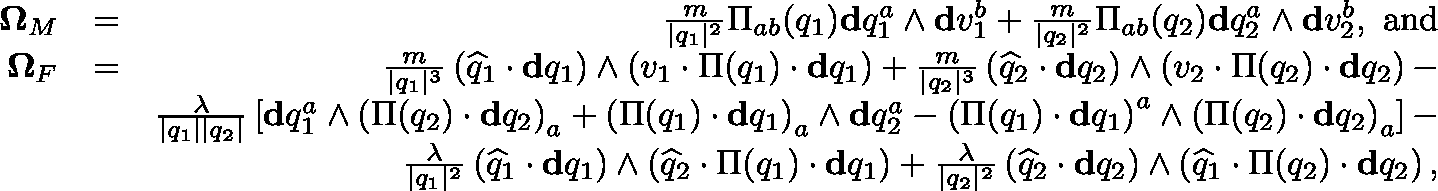
\begin{array} { r l r } { \mathbf { \Omega } _ { M } } & { = } & { \frac { m } { \vert q _ { 1 } \vert ^ { 2 } } \Pi _ { a b } ( q _ { 1 } ) \mathbf { d } q _ { 1 } ^ { a } \wedge \mathbf { d } v _ { 1 } ^ { b } + \frac { m } { \vert q _ { 2 } \vert ^ { 2 } } \Pi _ { a b } ( q _ { 2 } ) \mathbf { d } q _ { 2 } ^ { a } \wedge \mathbf { d } v _ { 2 } ^ { b } , \mathrm { ~ a n d } } \\ { \mathbf { \Omega } _ { F } } & { = } & { \frac { m } { \vert q _ { 1 } \vert ^ { 3 } } \left( \widehat { q } _ { 1 } \cdot \mathbf { d } q _ { 1 } \right) \wedge \left( v _ { 1 } \cdot \Pi ( q _ { 1 } ) \cdot \mathbf { d } q _ { 1 } \right) + \frac { m } { \vert q _ { 2 } \vert ^ { 3 } } \left( \widehat { q } _ { 2 } \cdot \mathbf { d } q _ { 2 } \right) \wedge \left( v _ { 2 } \cdot \Pi ( q _ { 2 } ) \cdot \mathbf { d } q _ { 2 } \right) - } \\ & { } & { \frac { \lambda } { \vert q _ { 1 } \vert \vert q _ { 2 } \vert } \left[ \mathbf { d } q _ { 1 } ^ { a } \wedge \left( \Pi ( q _ { 2 } ) \cdot \mathbf { d } q _ { 2 } \right) _ { a } + \left( \Pi ( q _ { 1 } ) \cdot \mathbf { d } q _ { 1 } \right) _ { a } \wedge \mathbf { d } q _ { 2 } ^ { a } - \left( \Pi ( q _ { 1 } ) \cdot \mathbf { d } q _ { 1 } \right) ^ { a } \wedge \left( \Pi ( q _ { 2 } ) \cdot \mathbf { d } q _ { 2 } \right) _ { a } \right] - } \\ & { } & { \frac { \lambda } { \vert q _ { 1 } \vert ^ { 2 } } \left( \widehat { q } _ { 1 } \cdot \mathbf { d } q _ { 1 } \right) \wedge \left( \widehat { q } _ { 2 } \cdot \Pi ( q _ { 1 } ) \cdot \mathbf { d } q _ { 1 } \right) + \frac { \lambda } { \vert q _ { 2 } \vert ^ { 2 } } \left( \widehat { q } _ { 2 } \cdot \mathbf { d } q _ { 2 } \right) \wedge \left( \widehat { q } _ { 1 } \cdot \Pi ( q _ { 2 } ) \cdot \mathbf { d } q _ { 2 } \right) , } \end{array}